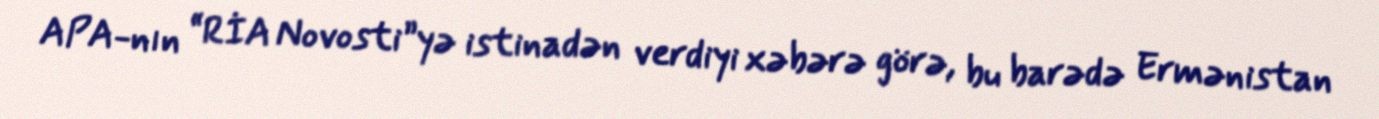
APA-nın “RİA Novosti”yə istinadən verdiyi xəbərə görə, bu barədə Ermənistan